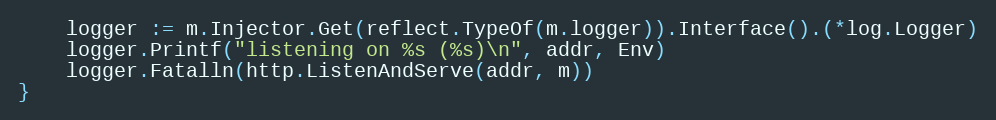
Language: Go
	logger := m.Injector.Get(reflect.TypeOf(m.logger)).Interface().(*log.Logger)
	logger.Printf("listening on %s (%s)\n", addr, Env)
	logger.Fatalln(http.ListenAndServe(addr, m))
}